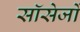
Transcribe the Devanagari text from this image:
सॉसेजों